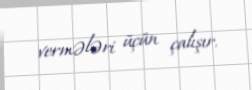
vermələri üçün çalışır.